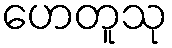
ဟေတူသု